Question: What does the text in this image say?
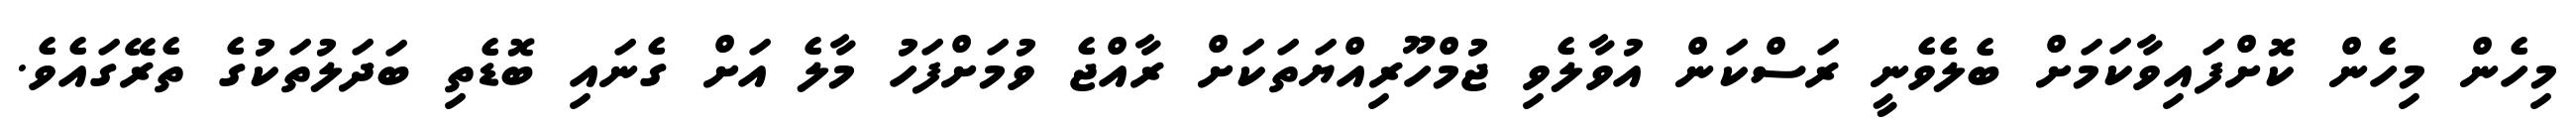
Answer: މިހެން މިހެން ކޮށްފައިވާކަމަށް ބެލެވެނީ ރަސްކަން އުވާލެވި ޖުމްހޫރިއްޔަތަކަށް ރާއްޖެ ވުމަށްފަހު މާލެ އަށް ގެނައި ބޮޑެތި ބަދަލުތަކުގެ ތެރޭގައެވެ.